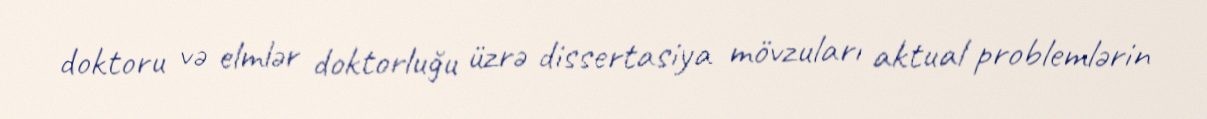
doktoru və elmlər doktorluğu üzrə dissertasiya mövzuları aktual problemlərin